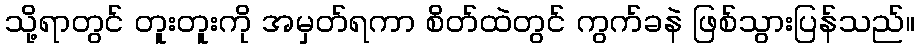
သို့ရာတွင် တူးတူးကို အမှတ်ရကာ စိတ်ထဲတွင် ကွက်ခနဲ ဖြစ်သွားပြန်သည်။